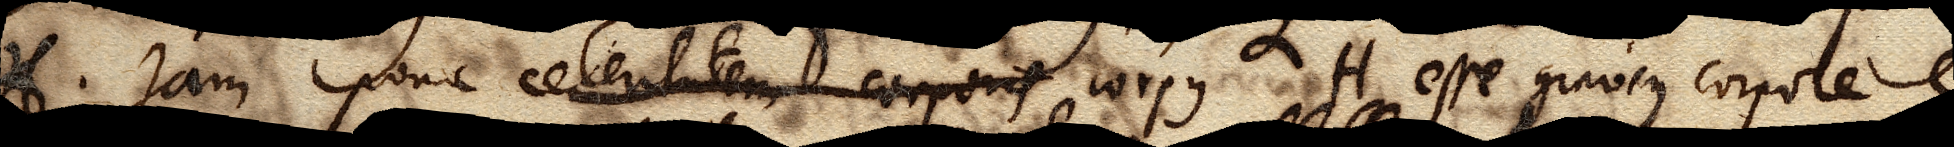
H. Jam pone celeritatem corporis corpus H esse gravius corpore C,